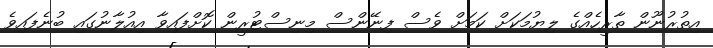
އިތުރުނޫން ތާރީހެއްގެ ލިޔުމަކަށް ކަމަށް ވެސް ފިނޭންސް މިނިސްޓުރީން ކޮށްފައިވާ އިއުލާނުގައި ބުނެފައިވެ